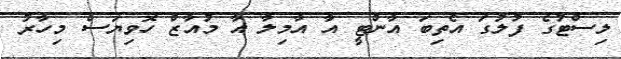
ލިސްޓުގެ ފުލުގަ އެތިބަ އާންޓީ އާ އާމިލާ އާ މުއާޒް ހޮވިޔަސް މިހާރު